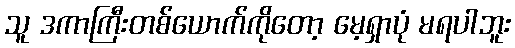
သူ ဒကာကြီးတစ်ယောက်ကိုတော့ မေ့ရှာပုံ မရပါဘူး